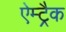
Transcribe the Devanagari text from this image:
ऐम्ट्रैक